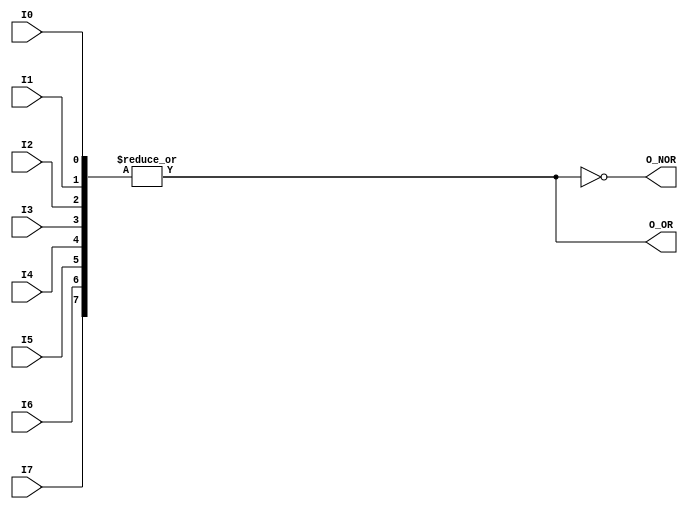
module ornor8(output wire O_OR, output wire O_NOR,
	      input wire I0, I1, I2, I3, I4, I5, I6, I7);

   assign O_OR  =  | {I0, I1, I2, I3, I4, I5, I6, I7};
   assign O_NOR = ~| {I0, I1, I2, I3, I4, I5, I6, I7};

endmodule